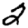
Digit: 2